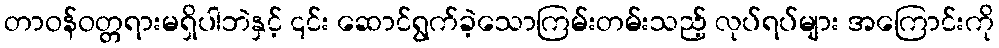
တာဝန်ဝတ္တရားမရှိပါဘဲနှင့် ၎င်း ဆောင်ရွက်ခဲ့သောကြမ်းတမ်းသည့် လုပ်ရပ်များ အကြောင်းကို